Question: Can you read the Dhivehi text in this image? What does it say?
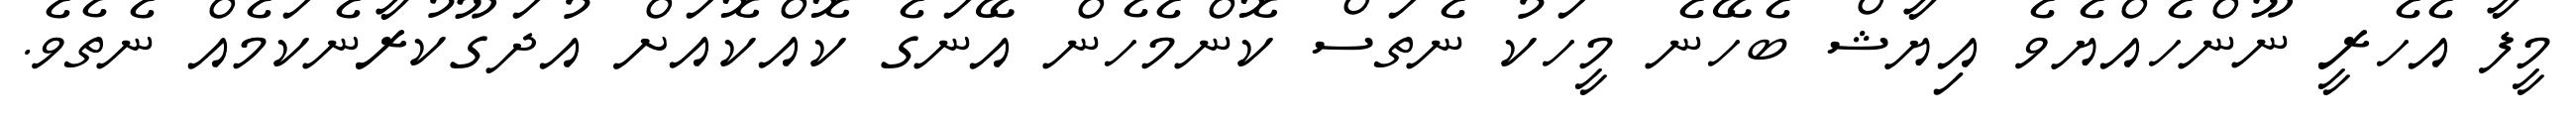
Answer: މީފާ އެހެރީ ނޫންހެއްޔެވެ އިޔާޝް ބެހޭނެ މީހަކު ނެތަސް ކޮންމެހެން އޭނަގެ ކޮއްކޮއަށް އުދަގޫކުރާނެކަމެއް ނެތެވެ.